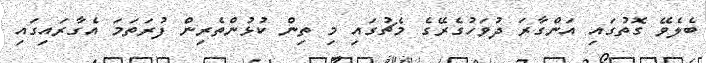
ބެލެވޭ ގޮތުގައި އަންގާރަ ދުވަހުގެރޭގެ މެޗުގައި މި ތިން ކުޅުންތެރިން ފުރަތަމަ އެގާރައިގައި